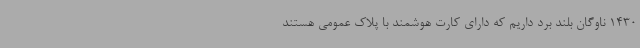
1430 ناوگان بلند برد داریم که دارای کارت هوشمند با پلاک عمومی هستند